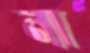
না